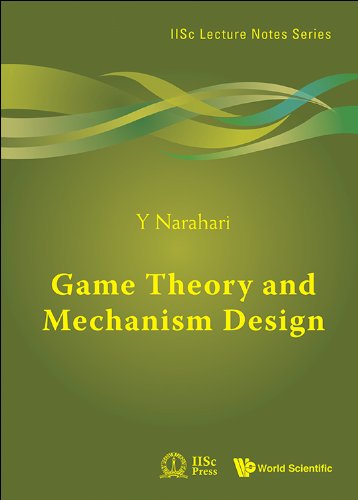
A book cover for Game Theory and Mechanism Design (Iisc Lecture Notes); Y Narahari; Computers & Technology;